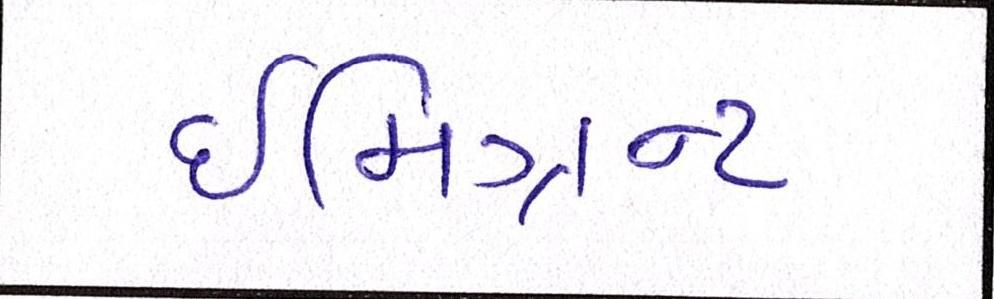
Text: ઈમિગ્રન્ટ